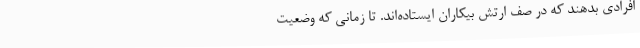
افرادی بدهند که در صفِ ارتشِ بیکاران ایستاده‌اند. تا زمانیِ که وضعیتِ